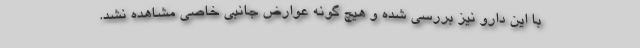
با این دارو نیز بررسی شده و هیچ گونه عوارض جانبی خاصی مشاهده نشد.